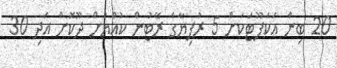
20 ބިން އަކަފޫޓަކަށް 5 ރުފިޔާގެ ރޭޓުން ކުއްޔަށް ދޫކޮށް އަދި 30